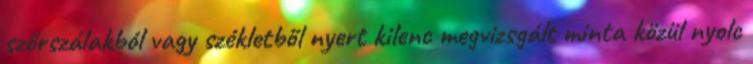
szőrszálakból vagy székletből nyert kilenc megvizsgált minta közül nyolc